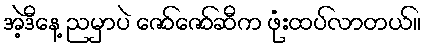
အဲ့ဒီနေ့ ညမှာပဲ ဇော်ဇော်ဆီက ဖုံးထပ်လာတယ်။